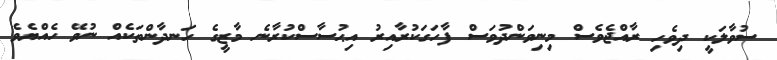
ސުވާލަކީ ދިވެހި ރާއްޖެވެސް މިނިވަންދުވަސް ފާހަގަކުރާއިރު އިޙުސާސްކުރާނެ މާޒީގެ ހަނދާންތަކެއް ނުވޭ ހެއްޔެވެ